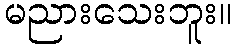
မညားသေးဘူး။